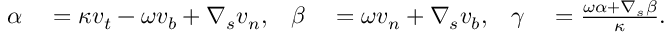
\begin{array} { r l r l r l } { \alpha } & { { } = \kappa v _ { t } - \omega v _ { b } + \nabla _ { s } v _ { n } , } & { \beta } & { { } = \omega v _ { n } + \nabla _ { s } v _ { b } , } & { \gamma } & { { } = \frac { \omega \alpha + \nabla _ { s } \beta } { \kappa } . } \end{array}